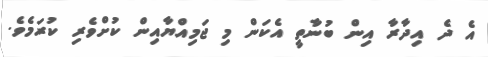
އެ ދެ އިދާރާ އިން ބުނާތީ އެކަން މި ޖަމިއްޔާއިން ކުށްވެރި ކުރަމެވެ.